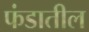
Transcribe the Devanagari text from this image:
फंडातील